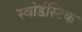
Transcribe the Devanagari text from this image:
स्वोर्डस्टिक